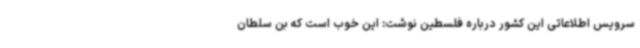
سرویس اطلاعاتی این کشور درباره فلسطین نوشت: این خوب است که بن سلطان